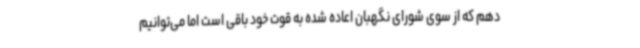
دهم که از سوی شورای نگهبان اعاده شده به قوت خود باقی است اما می‌توانیم